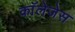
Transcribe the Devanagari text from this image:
काॅलेजेस